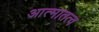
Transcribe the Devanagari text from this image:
आत्मातत्व